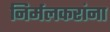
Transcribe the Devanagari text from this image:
निर्मलकरांना